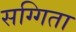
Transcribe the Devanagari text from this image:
सग्गिता